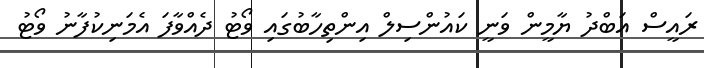
ރައީސް އަބްދު ޔާމީން ވަނީ ކައުންސިލް އިންތިހާބުގައި ވޯޓު ދެއްވާފަ އެމަނިކުފާނު ވޯޓު